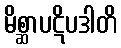
မိစ္ဆာပဋိပဒါတိ